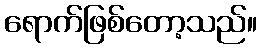
ရောက်ဖြစ်တော့သည်။